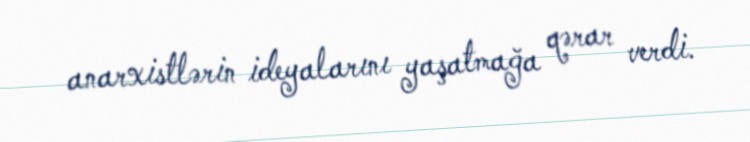
anarxistlərin ideyalarını yaşatmağa qərar verdi.